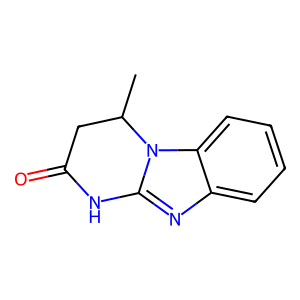
SMILES: CC1CC(=O)Nc2nc3ccccc3n21
Inhibits HIV replication: No